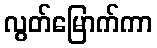
လွတ်မြောက်ကာ